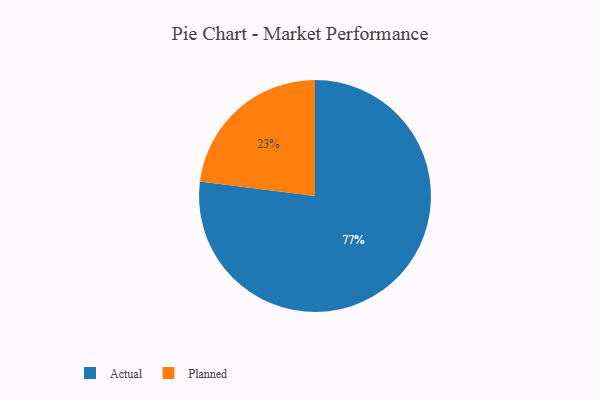
{"axis": {"x": "Category", "y": "Percentage"}, "legend": ["Actual", "Planned"], "data": [{"x": "Actual", "y": 77, "type": "Actual"}, {"x": "Planned", "y": 23, "type": "Planned"}]}